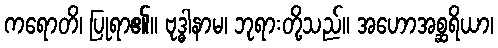
ကရောတိ၊ ပြုရာ၏။ ဗုဒ္ဓါနာမ၊ ဘုရားတို့သည်။ အဟောအစ္ဆရိယာ၊